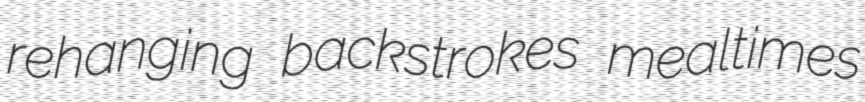
rehanging backstrokes mealtimes